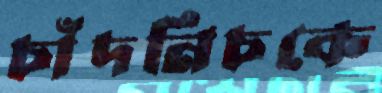
চাঁদনিচকে